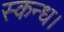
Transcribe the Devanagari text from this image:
स्कन्ध।